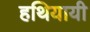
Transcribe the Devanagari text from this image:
हथियायी